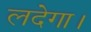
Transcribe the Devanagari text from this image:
लदेगा।